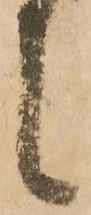
候